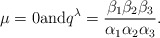
\begin{align*}\mu=0\mbox{and}q^{\lambda} = \frac{\beta_1\beta_2\beta_3}{\alpha_1\alpha_2\alpha_3}. \end{align*}